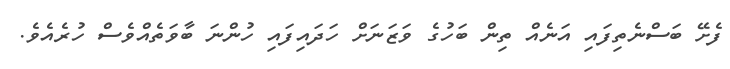
ފެށޭ ބަސްނެތިފައި އަނެއް ތިން ބަހުގެ ވަޒަނަށް ހަދައިފައި ހުންނަ ބާވަތެއްވެސް ހުރެއެވެ.